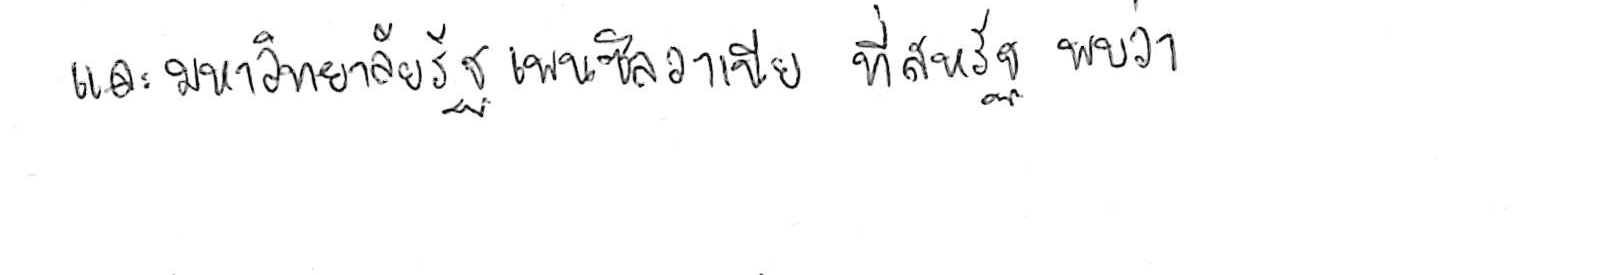
และมหาวิทยาลัยรัฐเพนซิลวาเนีย ที่สหรัฐ พบว่า